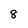
Character: 8